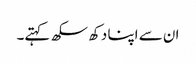
ان سے اپنا دکھ سکھ کہتے۔